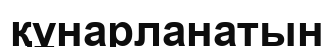
құнарланатын